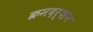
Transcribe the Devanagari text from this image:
क्रमदर्शन